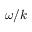
\omega / k